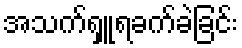
အသက်ရှူရခက်ခဲခြင်း